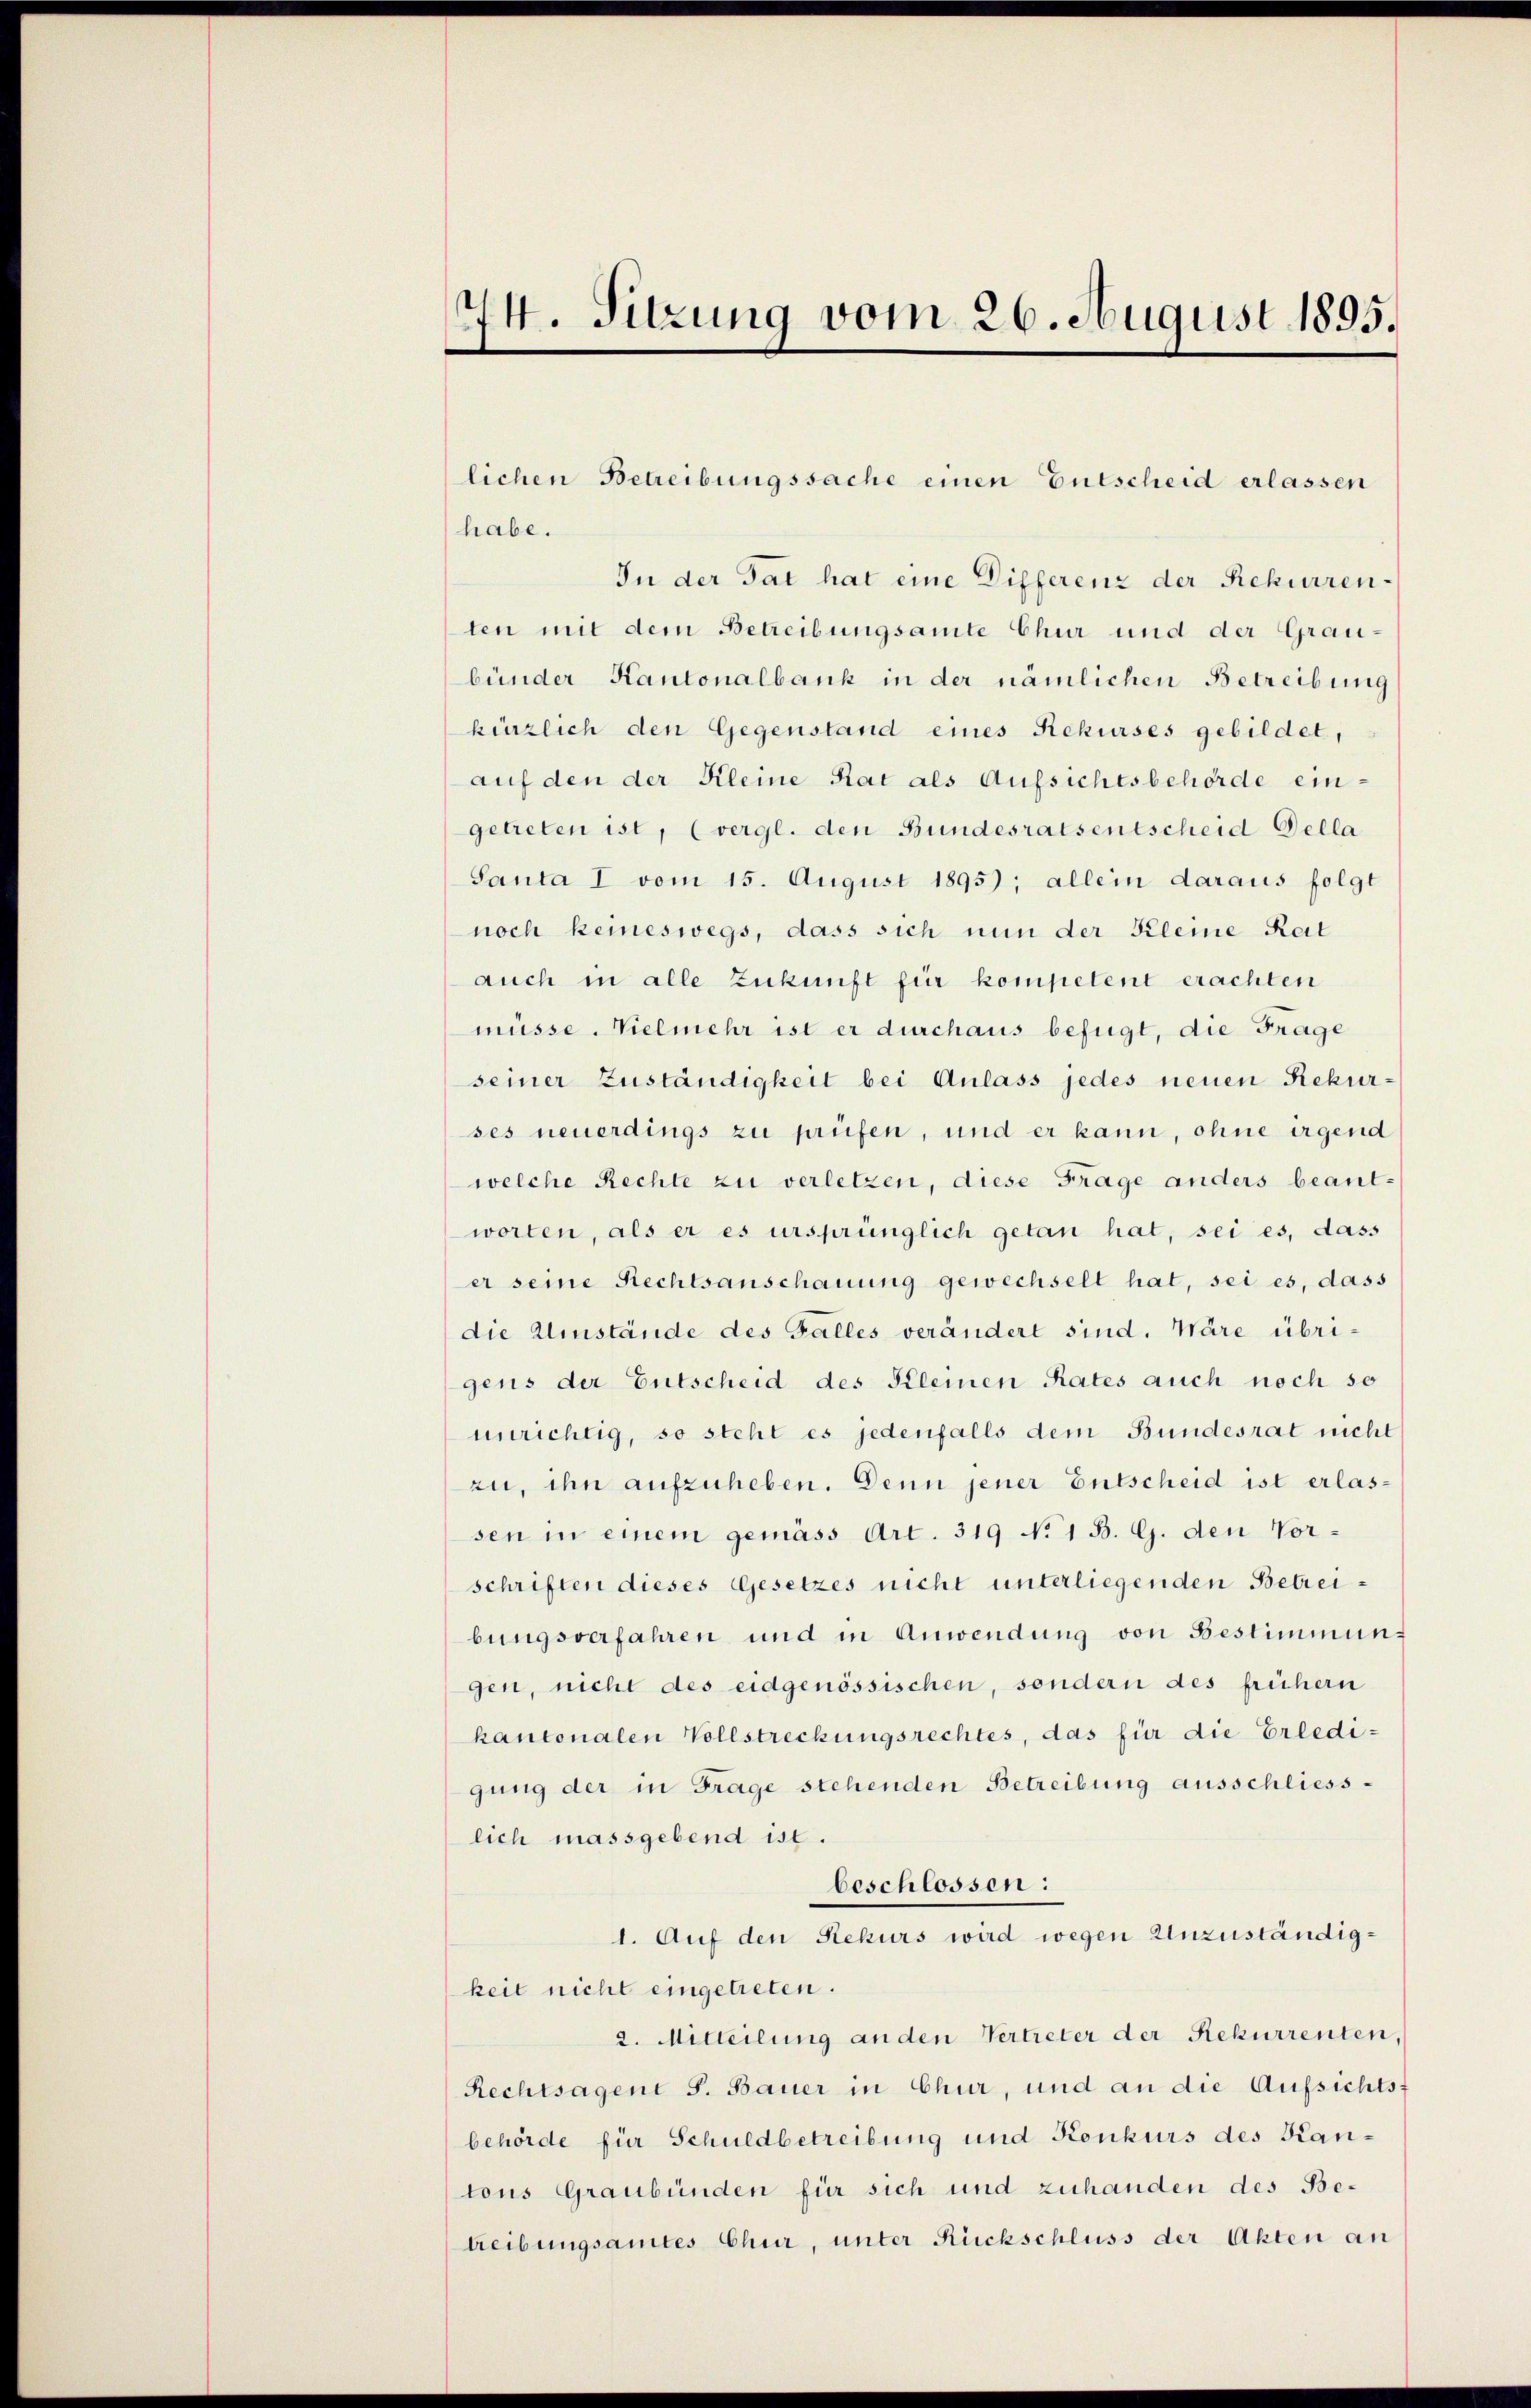
44. Sitzung vom 26. August 1895.

lichen Betreibungssache einen Entscheid erlassen

habe.
In der Tat hat eine Differenz der Rekurrenten mit dem Betreibungsamte Chur und der Graubünder Kantonalbank in der nämlichen Betreibung
kürzlich den Gegenstand eines Rekurses gebildet,
auf den der Kleine Rat als Aufsichtsbehörde eingetreten ist, (vergl. den Bundesratsentscheid Della
Santa I vom 15. August 1895); allein daraus folgt
noch keineswegs, dass sich nun der Kleine Reit
auch in alle Zukunft für kompetent erachten
müsse. Vielmehr ist er durchaus befügt, die Frage
seiner Zuständigkeit bei Anlass jedes neuen Rekurses neuerdings zu prüfen, und er kann, ohne irgend
welche Rechte zu verletzen, diese Frage anders beantworten, als er es ursprünglich getan hat, sei es, dass
er seine Rechtsanschauung gewechselt hat, sei es, dass
die Umstände des Falles verändert sind. Wäre übrigens der Entscheid des Kleinen Rates auch noch so
nürichtig, so steht es jedenfalls dem Bundesrat nicht
zi, ihn aufzuheben. Denn jener Entscheid ist erlassen in einem gemäss Art. 319 No 1 B. G. den Vorschriften dieses Gesetzes nicht unterliegenden Betreibungsverfahren und in Anwendung von Bestimmungen, nicht des eidgenössischen, sondern des frühern
kantonalen Vollstreckungsrechtes, das für die Erledi-
gung der in Frage stehenden Betreibung ausschliess-
lich massgebend ist.
beschlossen:
1. Auf den Rekurs wird wegen Unzuständigkeit nicht eingetreten.
2. Mitteilung an den Vertreter der Rekurrenten,
Rechtsagent S. Bauer in Chur, und an die Aufsichts-
behörde für Schuldbetreibung und Konkurs des Kantons Graubünden für sich und zuhanden des Betreibungsamtes Chur, unter Rückschluss der Akten an